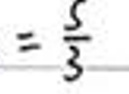
$ = \frac{5}{3} $